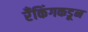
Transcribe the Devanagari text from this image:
रँकिंगकडून